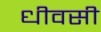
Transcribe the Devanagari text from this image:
धीवसी